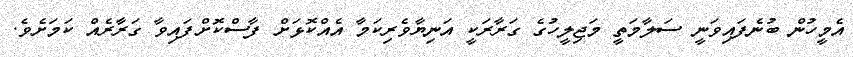
އެމީހުން ބުނެފައިވަނީ ސަލާމަތީ މަޖިލީހުގެ ގަރާރަކީ އަނިޔާވެރިކަމާ އެއްކޮޅަށް ފާސްކޮށްފައިވާ ގަރާރެއް ކަމަށެވެ.